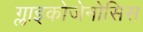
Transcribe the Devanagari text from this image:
ग्लाइकोजेनोसिस